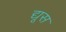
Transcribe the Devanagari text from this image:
द्यूस